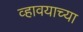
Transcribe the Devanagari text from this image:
व्हावयाच्या